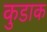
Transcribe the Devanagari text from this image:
कुडाक